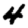
Digit: 4